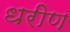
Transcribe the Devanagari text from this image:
धरीण